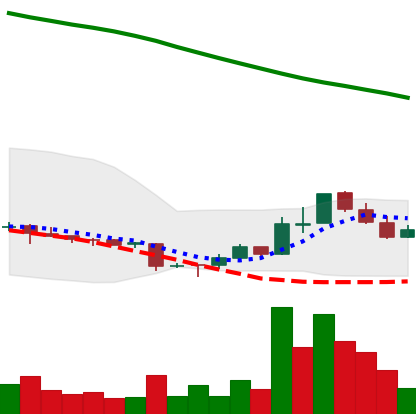
Ticker: ADA-USD
Chart end date: 2018-11-10
Forward return: -15.525%
Label: down_7plus